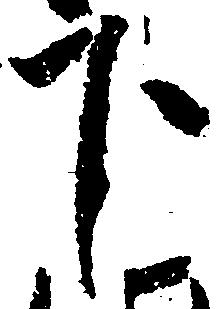
下